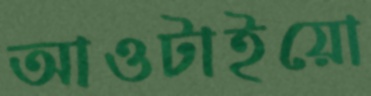
আওটাইয়ো